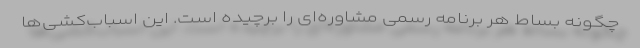
چگونه بساط هر برنامه رسمی مشاوره‌ای را برچیده است. این اسباب‌کشی‌ها